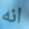
انه